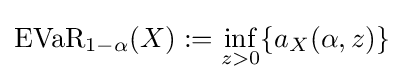
{\text{EVaR}}_{1-\alpha }(X):=\inf _{z>0}\{a_{X}(\alpha ,z)\}